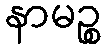
နာမဉ္စ